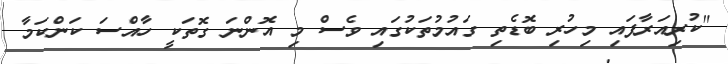
"ކުރިއަރާފައި މިހުރި ބޮޑެތި ގައުމުތަކުގައި ވެސް މި އޮންނަ ގޮތަކީ ހާއްސަ ކަންކަމާ